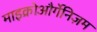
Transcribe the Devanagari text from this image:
माइक्रोऔर्गेनिज़म